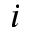
i